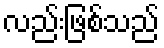
လည်းဖြစ်သည်